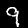
Label: 9